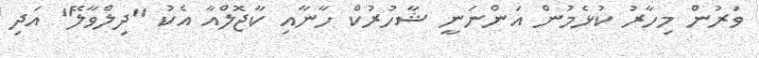
ވަރުން މިހާރު ކުޅެމުން އަންނަނީ ޝާހުރުކް ހާނާއި ކާޖޮލްއާ އެކު "ދިލްވާލޭ" އަދި